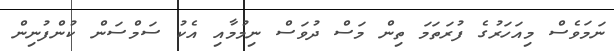
ނަމަވެސް މިއަހަރުގެ ފުރަތަމަ ތިން މަސް ދުވަސް ނިމުމާއި އެކު ސަމްސަން ކުންފުނިން